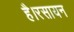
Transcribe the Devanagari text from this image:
है।रसायन